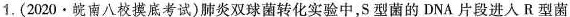
1.(2020·皖南八校摸底考试)肺炎双球菌转化实验中，S型菌的DNA片段进入R型菌